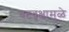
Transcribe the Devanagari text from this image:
वटवृक्षामुळे